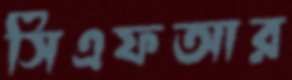
সিএফআর